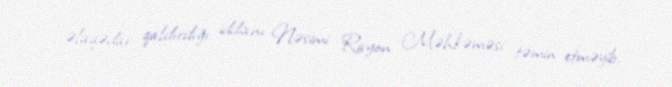
əlaqədar qaldırdığı iddianı Nəsimi Rayon Məhkəməsi təmin etməyib.